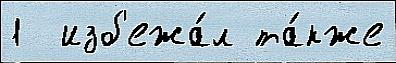
1  изб'ежа́л та́кже